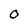
Character: O